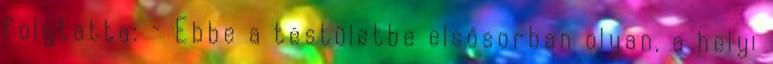
folytatta: – Ebbe a testületbe elsősorban olyan, a helyi